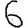
Digit: 6